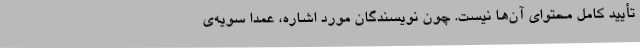
تأیید کامل محتوای آن‌ها نیست. چون نویسندگان مورد اشاره، عمداً سویه‌ی